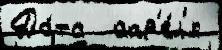
Да́та  апр'е́л'я